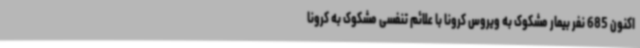
اکنون 685 نفر بیمار مشکوک به ویروس کرونا با علائم تنفسی مشکوک به کرونا